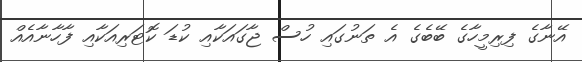
އޭނާގެ ފިރިމީހާގެ ބޭބެގެ އެ ތަނުގައި ހުސް ޖާގައަކާއި ކުޑަ ކޮޓަރިއަކާއި ފާހާނާއެއް